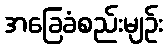
အခြေခံစည်းမျဉ်း